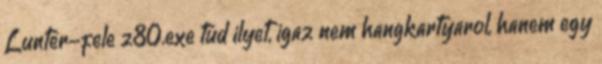
Lunter-fele z80.exe tud ilyet, igaz nem hangkartyarol, hanem egy